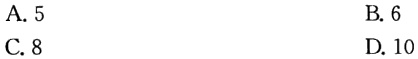
A. 5
B. 6
C. 8
D. 10